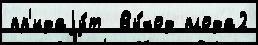
пр'идаjу́т  Вы́ход плода2